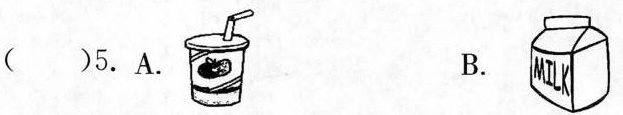
( )5.A. B.